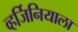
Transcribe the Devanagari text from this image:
व्हर्जिनियाला